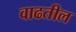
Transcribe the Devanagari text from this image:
वाढतील